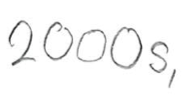
Text: 2000s,
Cross-out: clean
Writing tool: pencil